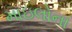
માઇલોના